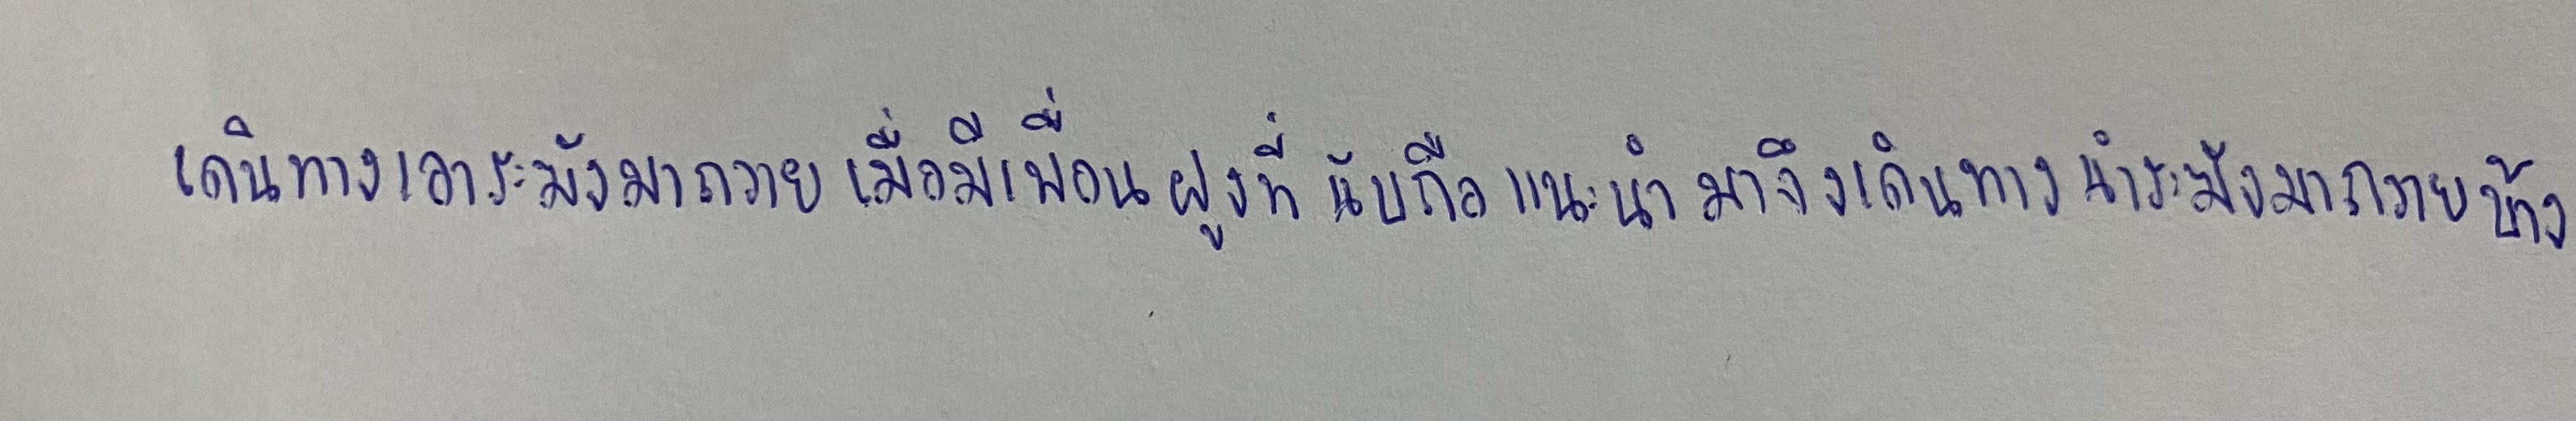
เดินทางเอาระฆังมาถวายเมื่อมีเพื่อนฝูงที่นับถือแนะนำมาจึงเดินทางนำระฆังมาถวายบ้าง